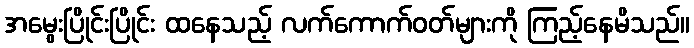
အမွေးပြိုင်းပြိုင်း ထနေသည့် လက်ကောက်ဝတ်များကို ကြည့်နေမိသည်။